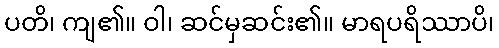
ပတိ၊ ကျ၏။ ဝါ၊ ဆင်မှဆင်း၏။ မာရပရိဿာပိ၊